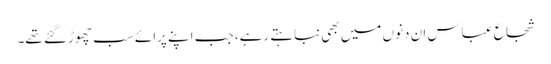
شجاع عباس ان دنوں میں بھی نباہتے رہے، جب اپنے پرائے سب چھوڑ گئے تھے۔